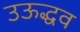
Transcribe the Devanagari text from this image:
उऊद्धव